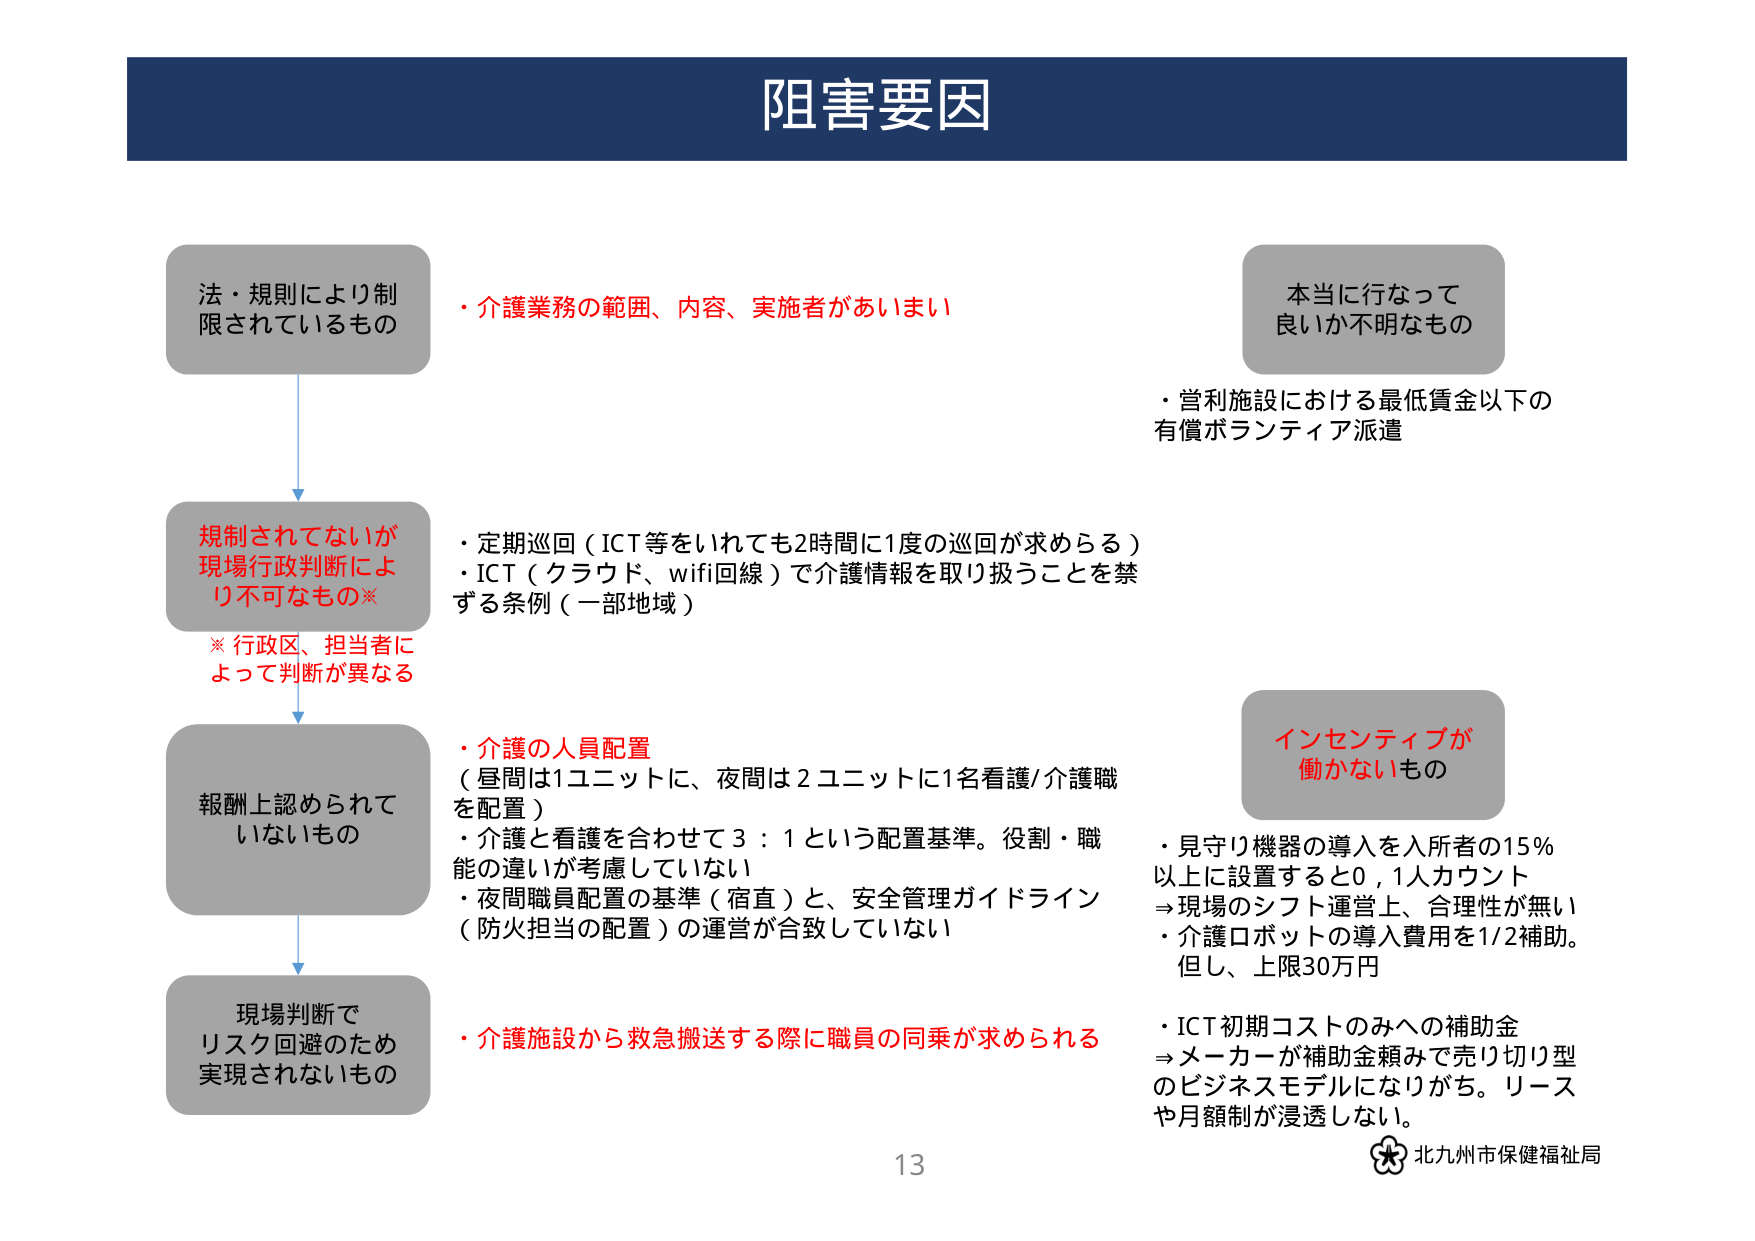
阻害要因

法・規則により制限されているもの
・介護業務の範囲、内容、実施者があいまい

本当に行なって良いか不明なもの
・営利施設における最低賃金以下の有償ボランティア派遣

規制されてないが現場行政判断により不可なもの※
※ 行政区、担当者によって判断が異なる
・定期巡回（ICT等をいれても2時間に1度の巡回が求めらる）
・ICT（クラウド、wifi回線）で介護情報を取り扱うことを禁ずる条例（一部地域）

報酬上認められていないもの
・介護の人員配置
（昼間は1ユニットに、夜間は2ユニットに1名看護/介護職を配置）
・介護と看護を合わせて3：1という配置基準。役割・職能の違いが考慮していない
・夜間職員配置の基準（宿直）と、安全管理ガイドライン（防火担当の配置）の運営が合致していない

インセンティブが働かないもの
・見守り機器の導入を入所者の15％以上に設置すると0.1人カウント
→現場のシフト運営上、合理性が無い
・介護ロボットの導入費用を1/2補助。但し、上限30万円
・ICT初期コストのみへの補助金
→メーカーが補助金頼みで売り切り型のビジネスモデルになりがち。リースや月額制が浸透しない。

現場判断でリスク回避のため実現されないもの
・介護施設から救急搬送する際に職員の同乗が求められる

13
北九州市保健福祉局